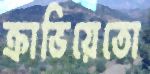
ক্রাভিয়েতো